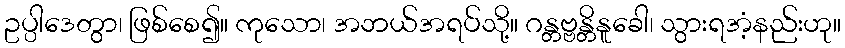
ဥပ္ပါဒေတွာ၊ ဖြစ်စေ၍။ ကုသော၊ အဘယ်အရပ်သို့။ ဂန္တဗ္ဗန္တိနူခေါ၊ သွားရအံ့နည်းဟု။